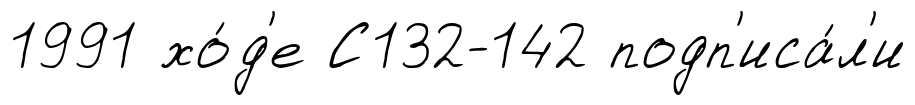
1991 хо́д'е С132-142 подп'иса́л'и